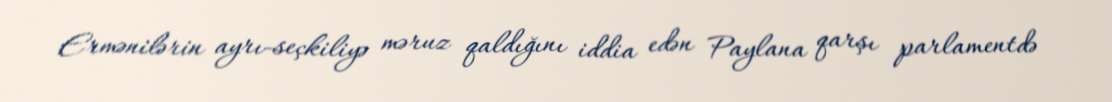
Ermənilərin ayrı-seçkiliyə məruz qaldığını iddia edən Paylana qarşı parlamentdə